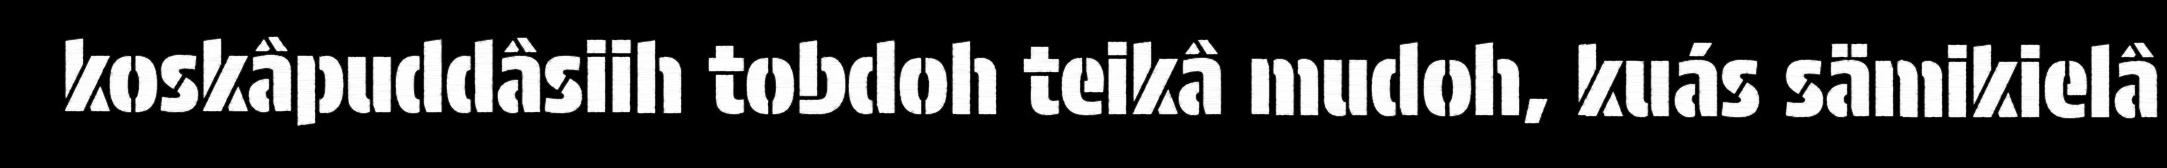
koskâpuddâsiih tobdoh teikâ mudoh, kuás sämikielâ